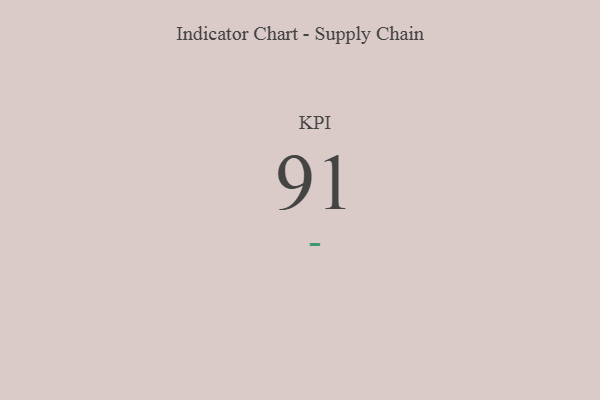
{"axis": {"x": "KPI", "y": "Value"}, "legend": [""], "data": [{"x": "KPI", "y": 91, "type": ""}]}